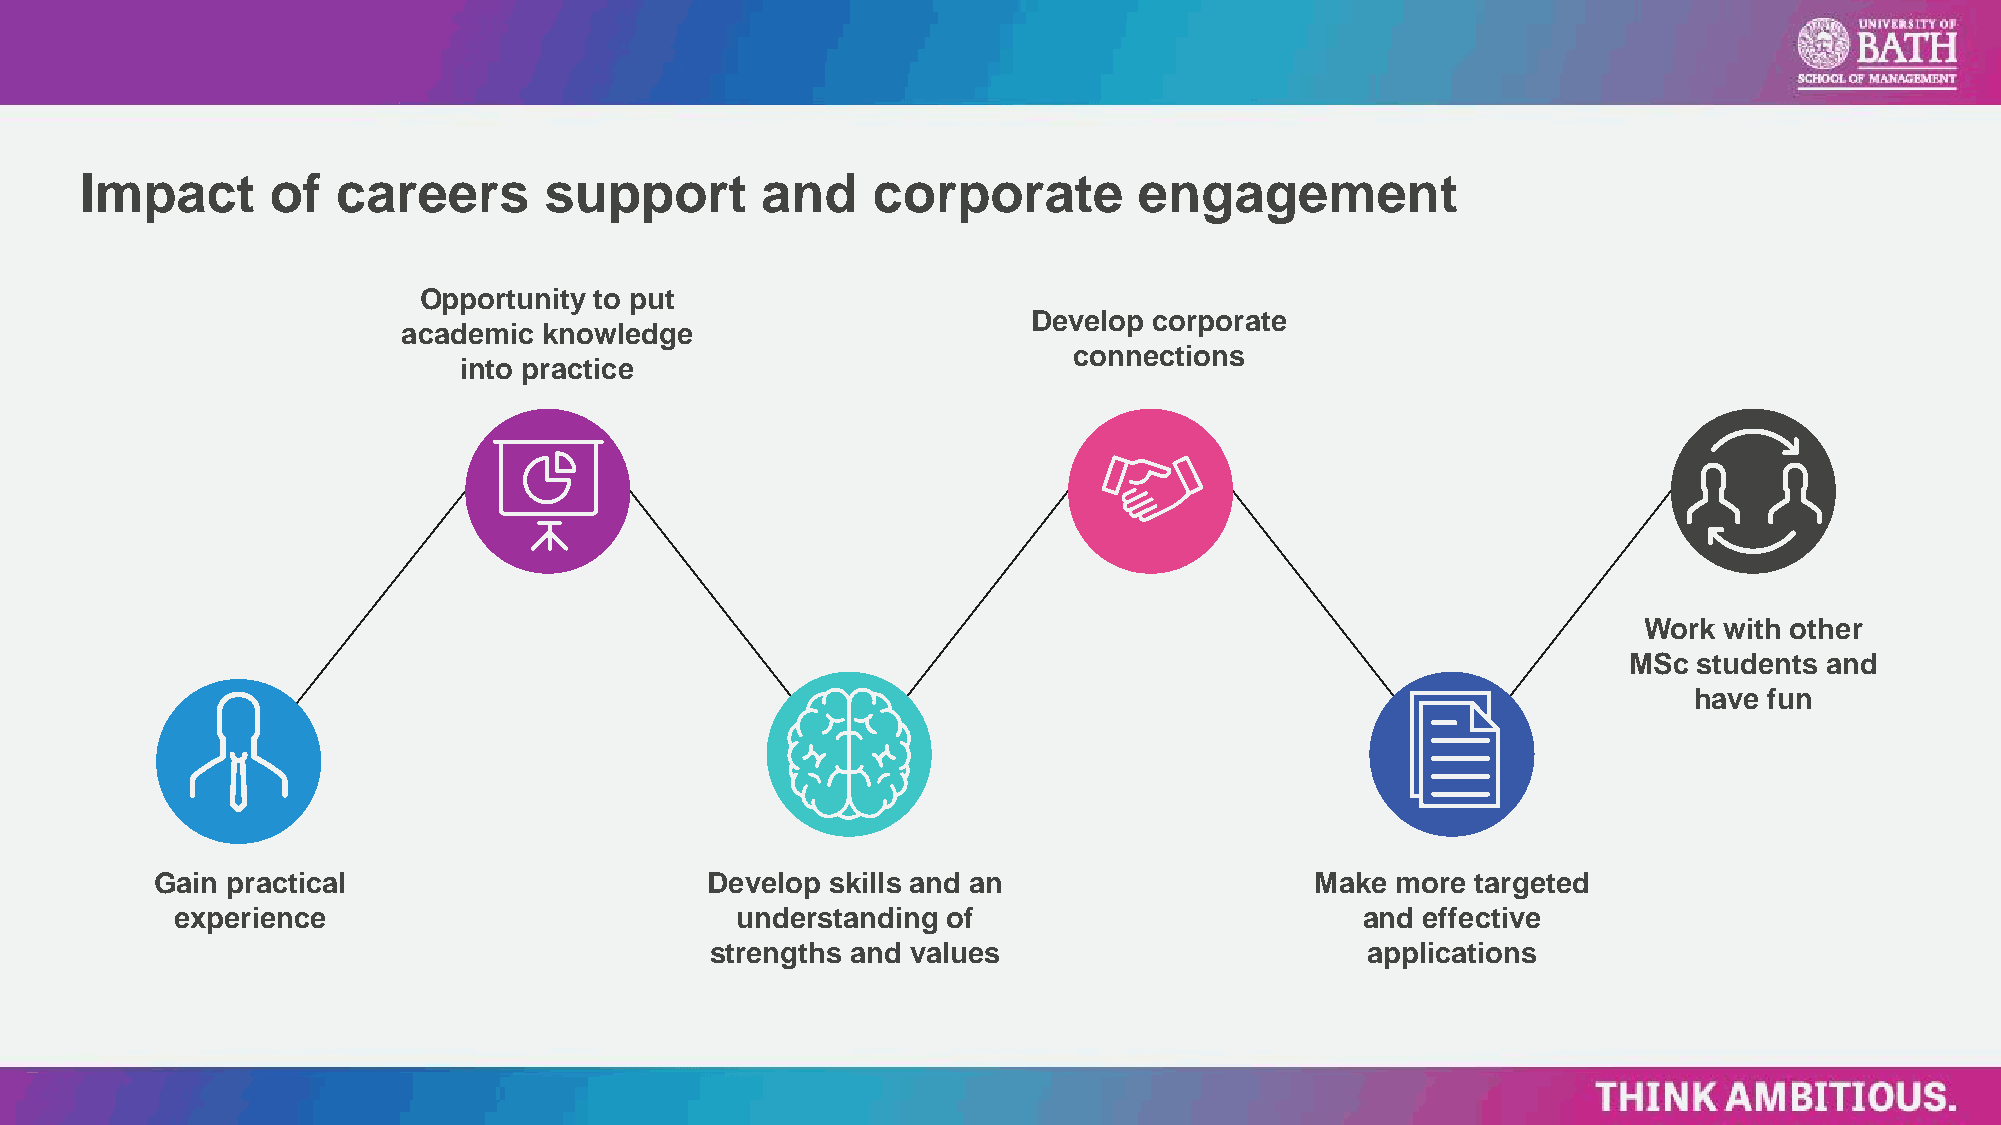
Impact       of  careers       support       and     corporate        engagement
 Opportunity to put
 Develop corporate
 academic knowledge
 connections
 into practice
 Work with other
 MSc students and
 have fun
 Gain practical                       Develop skills and an                   Make more  targeted
 experience                           understanding of                         and effective
 strengths and values                       applications